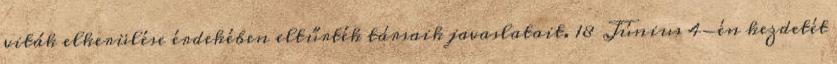
viták elkerülése érdekében eltűrték társaik javaslatait. 18 Június 4-én kezdetét